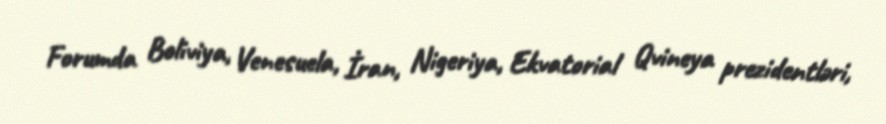
Forumda Boliviya, Venesuela, İran, Nigeriya, Ekvatorial Qvineya prezidentləri,